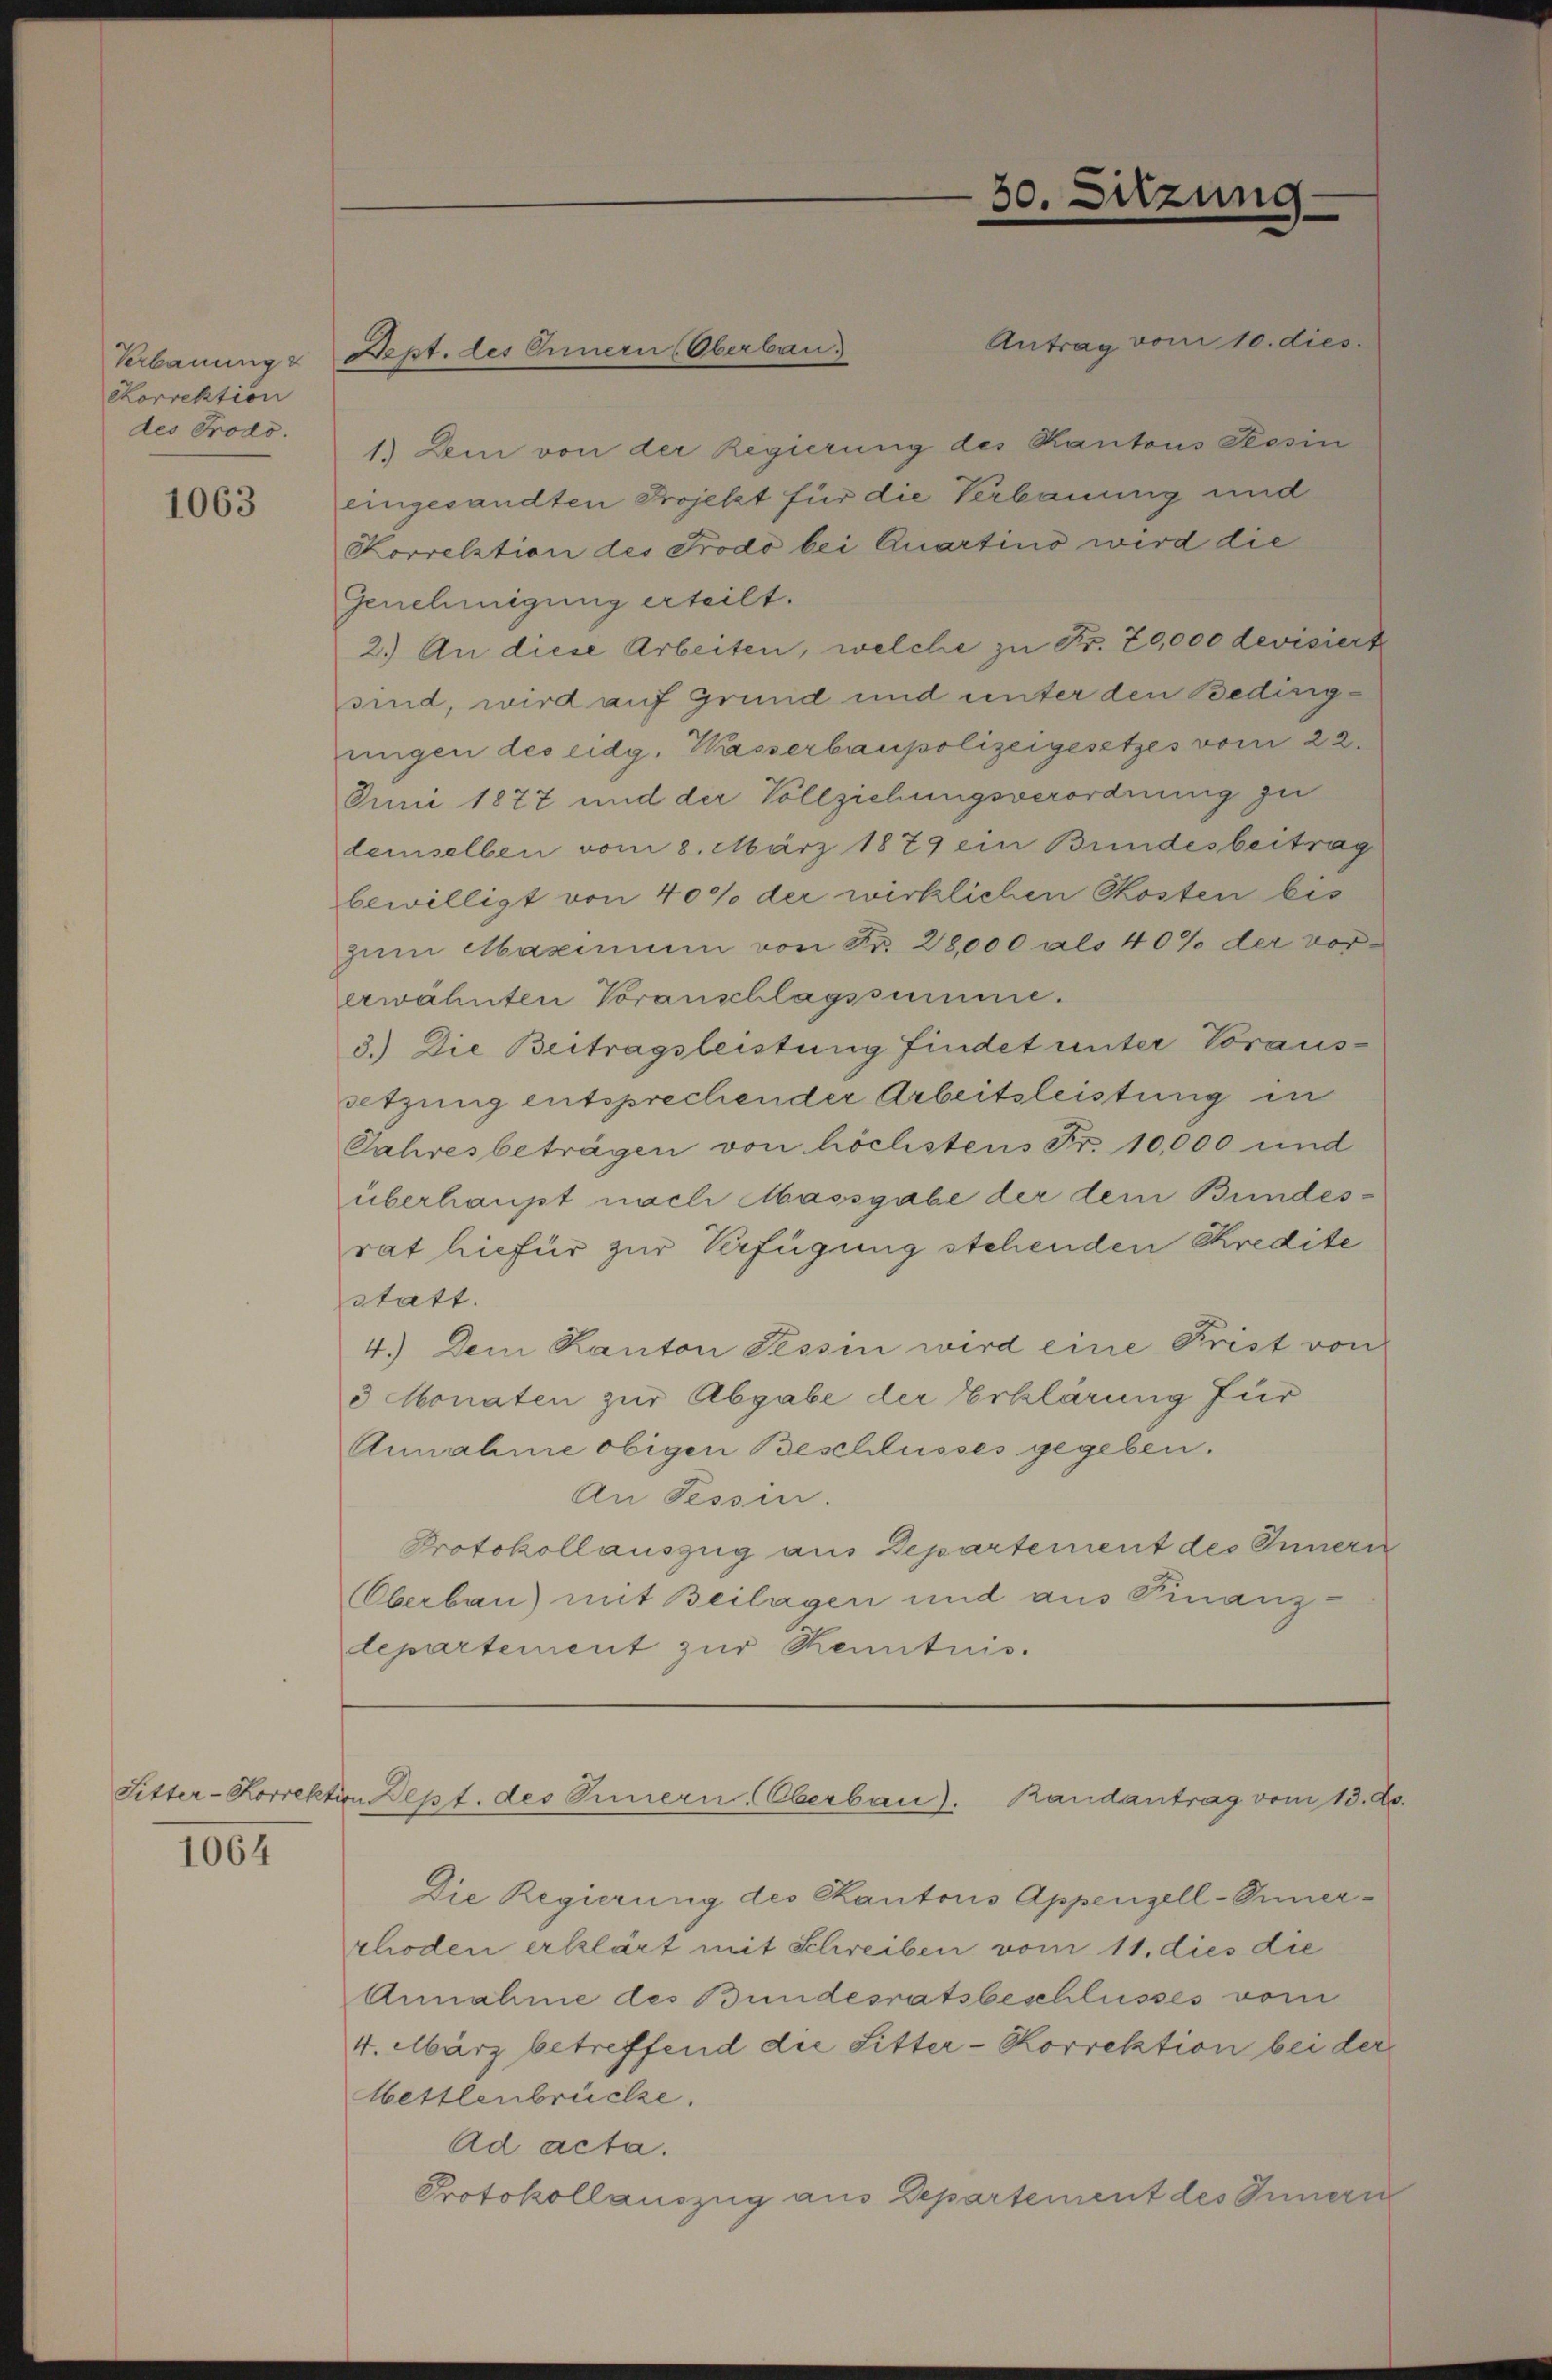
Verbauung &
Korrektion
des Prodo.

1063

1064

Dept. des Innern (Oberbau

1.) Dem von der Regierung des Kantons Tessin
eingesandten Projekt für die Verbauung und
Korrektion des Frodo bei Quartino wird die
Genehmigung erteilt.
2.) An diese Arbeiten, welche zu Fr. 70,000 devisiert
sind, wird auf Grund und unter den Beding-
nigen des eidg. Wasserbaupolizeigesetzes vom 22.
Juni 1877 und der Vollziehungsverordnung zu
demselben vom 8. März 1879 ein Bundesbeitrag
bewilligt von 40% der wirklichen Kosten bis
zum Maximum von Fr. 28,000 als 40% der vorerwähnten Voranschlagssumme.
3.) Die Beitragsleistung findet unter Voraus-
setzung entsprechender Arbeitsleistung in
Jahresbetragen von höchstens Fr. 10,000 und
überhaupt nach Massgabe der dem Bundesrat hiefür zur Verfügung stehenden Kredite
statt.
4.) Dem Kanton Tessin wird eine Prist von
3 Monaten zur Abgabe der Erklärung für
Annahme obigen Beschlusses gegeben.
An Tessin.
Protokollauszug aus Departement des Innern
Oberbau) mit Beilagen und aus Finanz-
departement zur Kenntnis.

30.

Sitzung.

Antrag vom 10. dies.

Sitter-Korrektion Bept. des Innern, Oberbau). Randantrag vom 13. Ap

Die Regierung des Ekantons Appenzell-Innerrhoden erklärt mit Schreiben vom 11. dies die
Annahme des Bundesratsbeschlusses vom
4. März betreffend die Sitter-Correktion bei der
Hettlenbrücke.
Ad acta.
Protokollauszug aus Departement des Innern